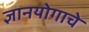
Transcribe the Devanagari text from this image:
ज्ञानयोगाचे